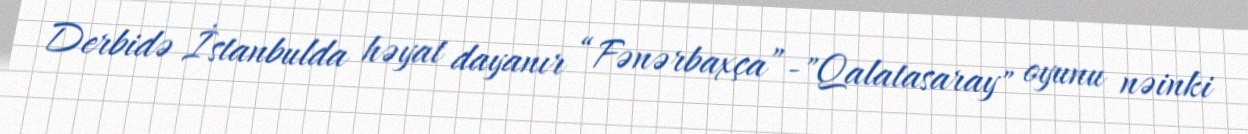
Derbidə İstanbulda həyat dayanır “Fənərbaxça”-"Qalatasaray" oyunu nəinki